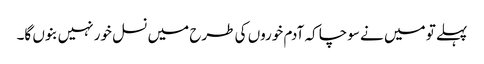
پہلے تو میں نے سوچا کہ آدم خوروں کی طرح میں نسل خور نہیں بنوں گا۔